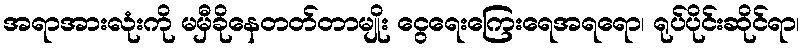
အရာအားလုံးကို မမှီခိုနေတတ်တာမျိုး ငွေရေးကြေးရေအရရော၊ ရုပ်ပိုင်းဆိုင်ရာ၊